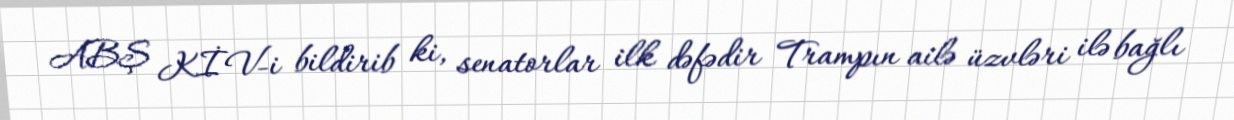
ABŞ KİV-i bildirib ki, senatorlar ilk dəfədir Trampın ailə üzvləri ilə bağlı